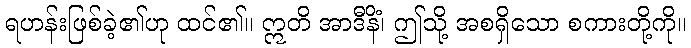
ရဟန်းဖြစ်ခဲ့၏ဟု ထင်၏။ ဣတိ အာဒီနိံ၊ ဤသို့ အစရှိသော စကားတို့ကို။